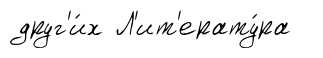
друг'и́х Л'ит'ерату́ра